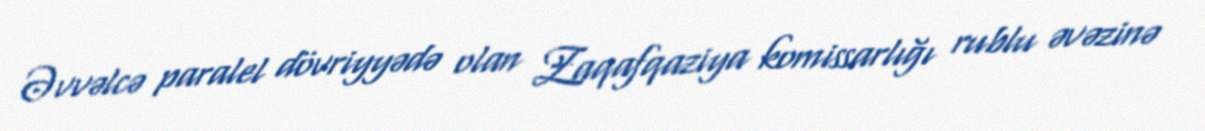
Əvvəlcə paralel dövriyyədə olan Zaqafqaziya komissarlığı rublu əvəzinə